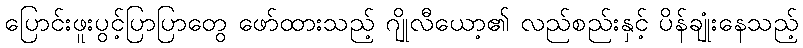
ပြောင်းဖူးပွင့်ပြာပြာတွေ ဖော်ထားသည့် ဂျိုလီယော့၏ လည်စည်းနှင့် ပိန်ချုံးနေသည့်